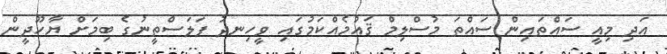
އަދި މިއީ ސައްތައިން ސައްތަ މުސްލިމް ޤައުމެއްކަމުގައި ވީހިނދު ފަލަސްތީނުގެ ބިމަށް ޔާހޫދީން